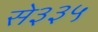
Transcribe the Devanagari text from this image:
से३३५